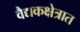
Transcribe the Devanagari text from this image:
वैद्यकक्षेत्रात